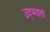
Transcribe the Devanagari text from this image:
उद्‌भवतो